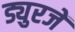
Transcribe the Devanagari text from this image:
ड्युरजें